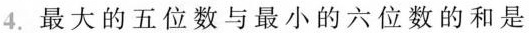
4. 最大的五位数与最小的六位数的和是